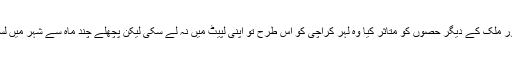
گزشتہ چند سالوں میں انتہا پسندی کی جس لہر نے صوبہ سرحد اور ملک کے دیگر حصوں کو متاثر کیا وہ لہر کراچی کو اس طرح تو اپنی لپیٹ میں نہ لے سکی لیکن پچھلے چند ماہ سے شہر میں لسانی اور سیاسی کشیدگی وقفے وقفے سے دیکھنے میں آ رہی ہے۔